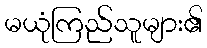
မယုံကြည်သူများ၏